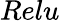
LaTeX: Relu